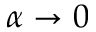
\alpha \to 0